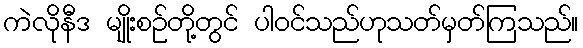
ကဲလိုနီဒ မျိုးစဉ်တို့တွင် ပါဝင်သည်ဟုသတ်မှတ်ကြသည်။